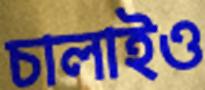
চালাইও